Medical and sanitary report of the native army of Bengal for the year
Year: 1876
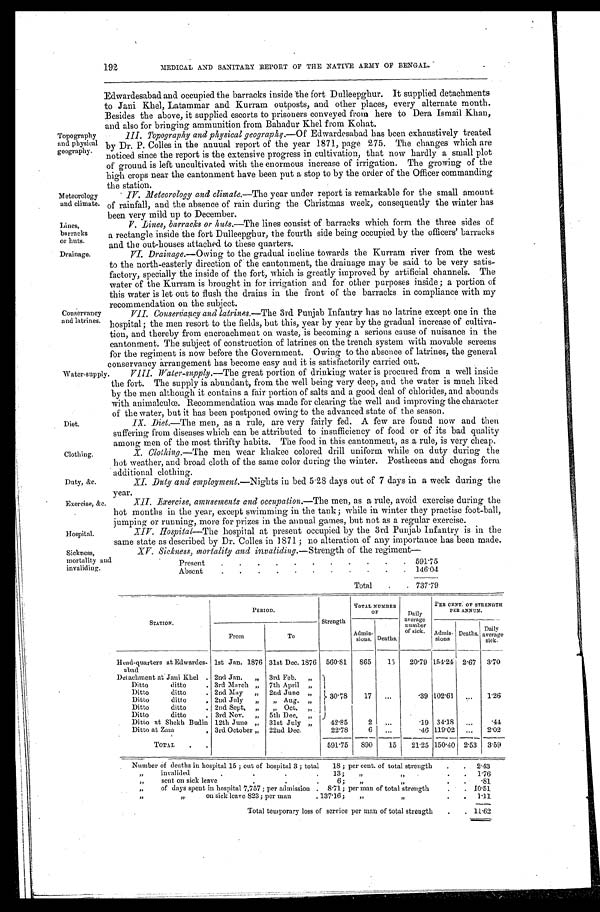
Topography
and physical
geography.
Meteorology
and climate.
Lines,
barracks
or huts.
Drainage.
Conservancy
and latrines.
Clothing.
Duty, &c.
Exercise, &c.
Hospital.
Sickness,
mortality and
invaliding.
192
MEDICAL AND SANITARY REPORT OF THE NATIVE ARMY OF BENGAL.
Diet.
Water-supply
Edwardesabad and occupied the barracks inside the fort Dulleepghur. It supplied detachments
to Jani Khel, Latammar and Kurram outposts, and other places, every alternate month.
Besides the above, it supplied escorts to prisoners conveyed from here to Dera Ismail Khan,
and also for bringing ammunition from Bahadur Khel from Kohat.
III. Topography and physical geography. —Of Edwardesabad has been exhaustively treated
by Dr. P. Colles in the anuual report of the year 1871, page 275. The changes which are
noticed since the report is the extensive progress in cultivation, that now hardly a small plot
of ground is left uncultivated with the enormous increase of irrigation. The growing of the
high crops near the cantonment have been put a stop to by the order of the Officer commanding
the station.
IV. Meteorology and climate. —The year under report is remarkable for the small amount
of rainfall, and the absence of rain during the Christmas week, consequently the winter has
been very mild up to December.
V.Lines, barracks or huts. —The lines consist of barracks which form the three sides of
a rectangle inside the fort Dulleepghur, the fourth side being occupied by the officers' barracks
and the out-houses attached to these quarters.
VI. Drainage.—Owing to the gradual incline towards the Kurram river from the west
to the north-easterly direction of the cantonment, the drainage may be said to be very satis
- f a c t o r y , s p e c i a l l y t h e i n s i d e o f t h e f o r t , w h i c h i s g r e a t l y i m p r o v e d b y a r t i f i c i a l c h a n n e l s . T h e
water of the Kurram is brought in for irrigation and for other purposes inside; a portion of
this water is let out to flush the drains in the front of the barracks in compliance with my
recommendation on the subject.
VII. Conservancy and latrines. —The 3rd Punjab Infantry has no latrine except one in the
hospital; the men resort to the fields, but this, year by year by the gradual increase of cultiva
- t i o n , a n d t h e r e b y f r o m e n c r o a c h m e n t o n w a s t e , i s b e c o m i n g a s e r i o u s c a u s e o f n u i s a n c e i n t h e
cantonment. The subject of construction of latrines on the trench system with movable screens
for the regiment is now before the Government. Owing to the absence of latrines, the general
conservancy arrangement has become easy and it is satisfactorily carried out.
VIII. Water-supply.—The great portion of drinking water is procured from a well inside
the fort. The supply is abundant, from the well being very deep, and the water is much liked
by the men although it contains a fair portion of salts and a good deal of chlorides, and abounds
with animalculœ. Recommendation was made for clearing the well and improving the character
of the water, but it has been postponed owing to the advanced state of the season.
IX. Diet.—The men, as a rule, are very fairly fed. A few are found now and then
suffering from diseases which can be attributed to insufficiency of food or of its bad quality
among men of the most thrifty habits. The food in this cantonment, as a rule, is very cheap.
X. Clothing.—The men wear khakee colored drill uniform while on duty during the
hot weather, and broad cloth of the same color during the winter. Postheens and chogas form
additional clothing.
XI.Duty and employment.—Nights in bed 5.28 days out of 7 days in a week during the
year.
XII. Exercise, amusements and occupation. —The men, as a rule, avoid exercise during the
hot months in the year, except swimming in the tank; while in winter they practise foot-ball,
jumping or running, more for prizes in the annual games, but not as a regular exercise.
XIV.Hospital—The hospital at present occupied by the 3rd Punjab infantry is in the
same state as described by Dr. Colles in 1871; no alteration of any importance has been made.
XV.Sickness, mortality and invaliding. —Strength of the regiment—
Present
5 9 1 . 7 5
Absent
1 4 6 . 0 4
Total
737.79
STATION.
PERIOD.
Strength
TOTAL NUMBER
OF
Daily
average
number of sick.
PER CENT. OF STRENGTH
PER ANNUM.
From
To
Admis- sions. Deaths.
Admis- sions Deaths. Daily
average sick.
Head-quarters at Edwardes-
abad
1st Jan. 1876 31st Dec. 1876 560.81 865 15 20.79 154.24 2.67 3.70
Detachment at Jani Khel 2nd Jan. „ 3rd Feb. „
30.78 17
.39 102.61
1.26
Ditto ditto
3rd March „ 7th April „
Ditto ditto
2nd May „ 2nd June „
Ditto ditto
2nd July „ „ Aug. „
Ditto ditto „
2nd Sept, „ „ Oct. „
Ditto ditto
3rd Nov. „ 5th Dec. „
Ditto at Shekh Budin 12th June „ 31st July „ 42.85
2
.19 34.18
.44
Ditto at Zam 3rd October „ 22nd Dec.
22.78 6
.46 119.02
2. 02
TOTAL
591.75 890 15 21.25 150.40 2.53 3.59
Number of deaths in hospital 15; out of hospital 3; total 18; per cent. of total strength
2.43
„ invalided
13; ,,
„
1.76
„ sent on sick leave
6; ,, ,,
.81
„ of days spent in hospital 7,757; per admission 8.71; per man of total strength 1 0 . 5 1
„ „
on sick leave 823; per man 137.16; ,,
„
1.11
Total temporary loss of service per man of total strength
11.62